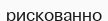
рискованно